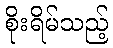
စိုးရိမ်သည့်